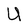
Character: U